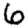
Digit: 6